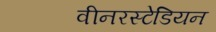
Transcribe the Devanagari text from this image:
वीनरस्टेडियन